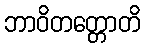
ဘာဝိတတ္တောတိ